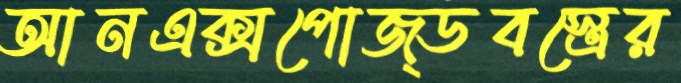
আনএক্সপোজ্ডবস্ত্রের